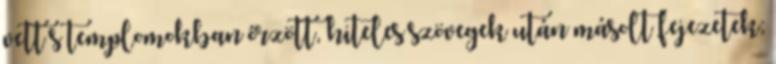
vett s templomokban őrzött, hiteles szövegek után másolt fejezetek;